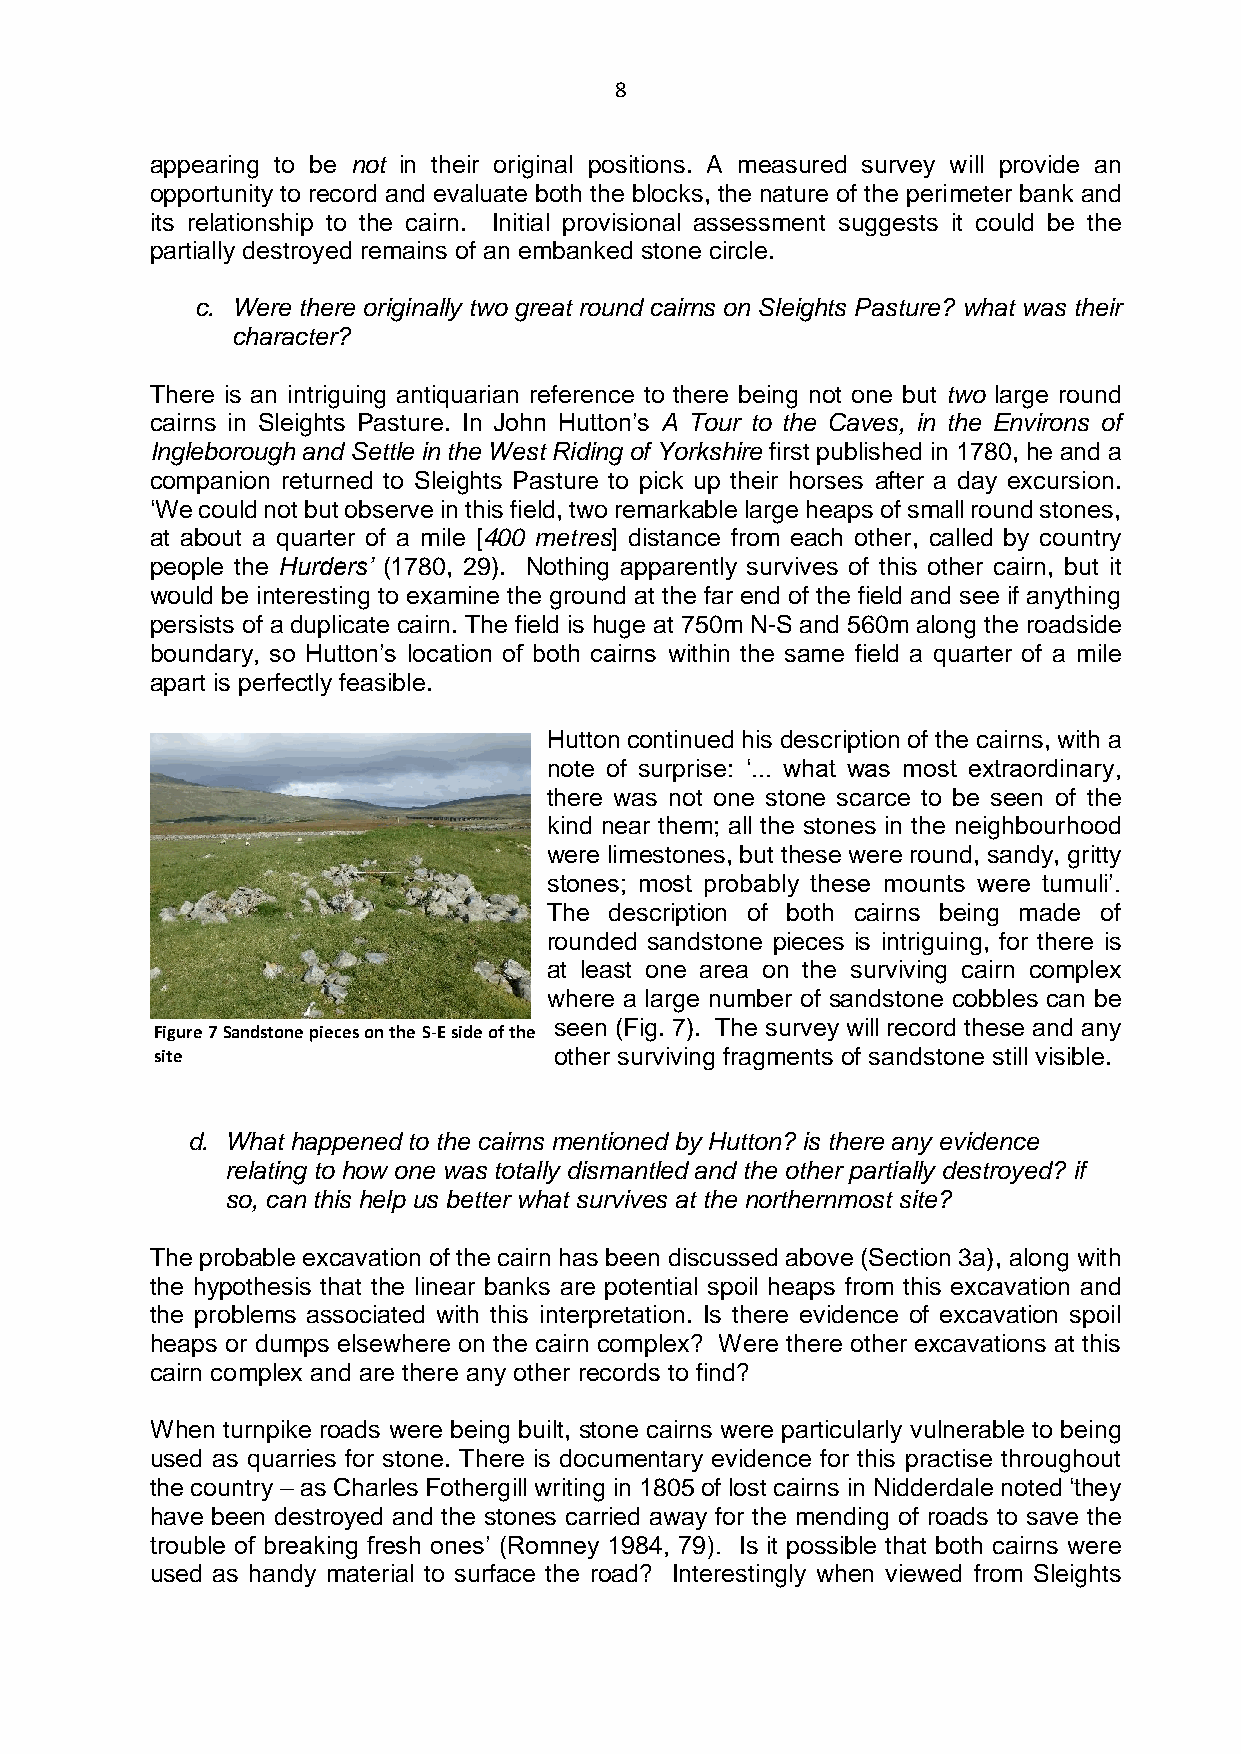
8
 appearing to be not in their original positions. A measured survey will provide an
 opportunity to record and evaluate both the blocks, the nature of the perimeter bank and
 its relationship to the cairn. Initial provisional assessment suggests it could be the
 partially destroyed remains of an embanked stone circle.
 c. Were there originally two great round cairns on Sleights Pasture? what was their
 character?
 There is an intriguing antiquarian reference to there being not one but two large round
 cairns in Sleights Pasture. In John Hutton’s A Tour to the Caves, in the Environs of
 Ingleborough and Settle in the West Riding of Yorkshire first published in 1780, he and a
 companion returned to Sleights Pasture to pick up their horses after a day excursion.
 ‘We could not but observe in this field, two remarkable large heaps of small round stones,
 at about a quarter of a mile [400 metres] distance from each other, called by country
 people the Hurders’ (1780, 29). Nothing apparently survives of this other cairn, but it
 would be interesting to examine the ground at the far end of the field and see if anything
 persists of a duplicate cairn. The field is huge at 750m N-S and 560m along the roadside
 boundary, so Hutton’s location of both cairns within the same field a quarter of a mile
 apart is perfectly feasible.
 Hutton continued his description of the cairns, with a
 note of surprise: ‘... what was most extraordinary,
 there was not one stone scarce to be seen of the
 kind near them; all the stones in the neighbourhood
 were limestones, but these were round, sandy, gritty
 stones; most probably these mounts were tumuli’.
 The description of both cairns being made of
 rounded sandstone pieces is intriguing, for there is
 at least one area on the surviving cairn complex
 where a large number of sandstone cobbles can be
 seen (Fig. 7). The survey will record these and any
 Figure 7 Sandstone pieces on the S-E side of the
 site                       other surviving fragments of sandstone still visible.
 d. What happened to the cairns mentioned by Hutton? is there any evidence
 relating to how one was totally dismantled and the other partially destroyed? if
 so, can this help us better what survives at the northernmost site?
 The probable excavation of the cairn has been discussed above (Section 3a), along with
 the hypothesis that the linear banks are potential spoil heaps from this excavation and
 the problems associated with this interpretation. Is there evidence of excavation spoil
 heaps or dumps elsewhere on the cairn complex? Were there other excavations at this
 cairn complex and are there any other records to find?
 When turnpike roads were being built, stone cairns were particularly vulnerable to being
 used as quarries for stone. There is documentary evidence for this practise throughout
 the country – as Charles Fothergill writing in 1805 of lost cairns in Nidderdale noted ‘they
 have been destroyed and the stones carried away for the mending of roads to save the
 trouble of breaking fresh ones’ (Romney 1984, 79). Is it possible that both cairns were
 used as handy material to surface the road? Interestingly when viewed from Sleights